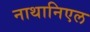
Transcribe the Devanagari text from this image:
नाथानिएल